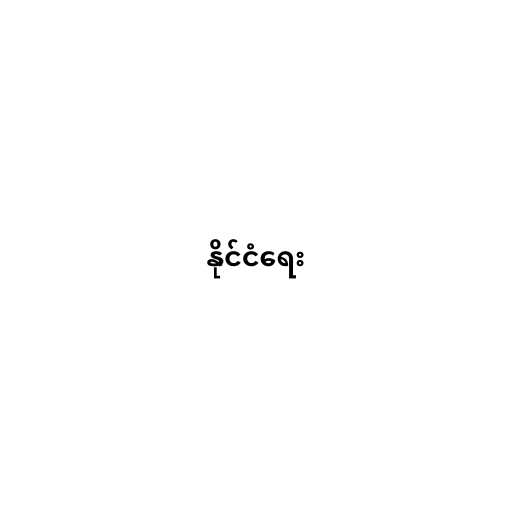
နိုင်ငံရေး